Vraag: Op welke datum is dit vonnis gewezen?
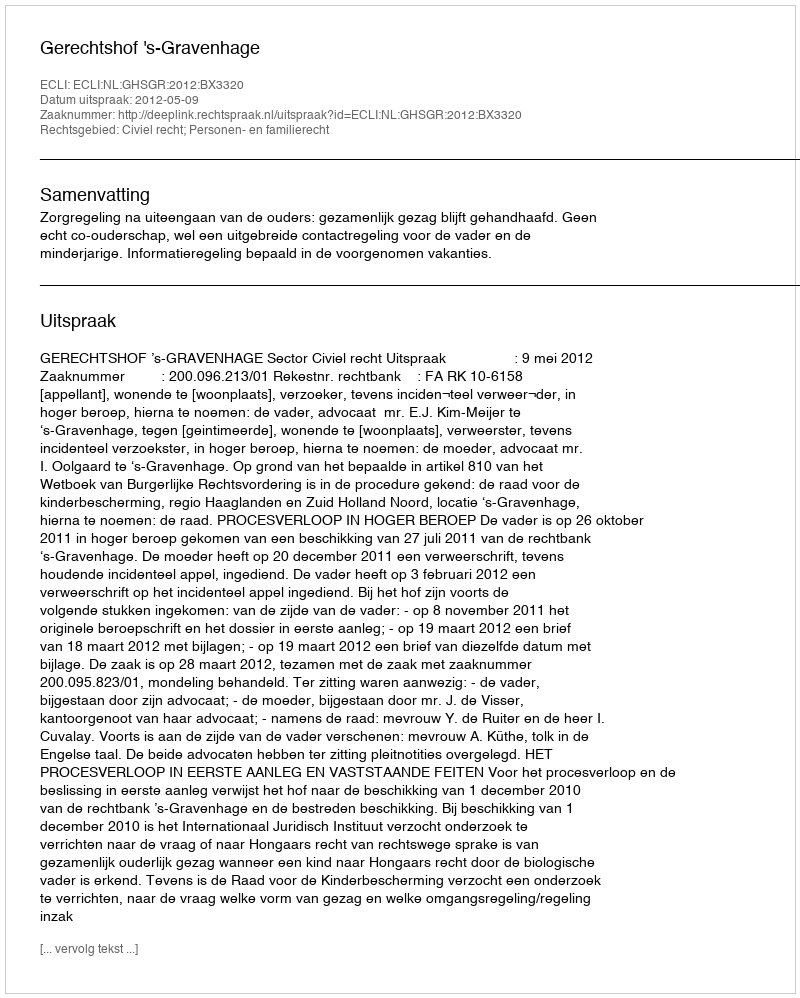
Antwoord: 2012-05-09